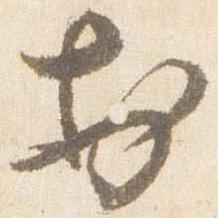
於